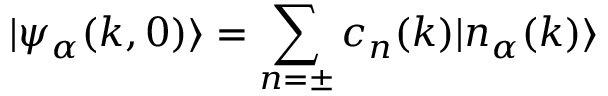
| \psi _ { \alpha } ( k , 0 ) \rangle = \sum _ { n = \pm } c _ { n } ( k ) | n _ { \alpha } ( k ) \rangle